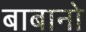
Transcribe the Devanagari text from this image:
बाबानो